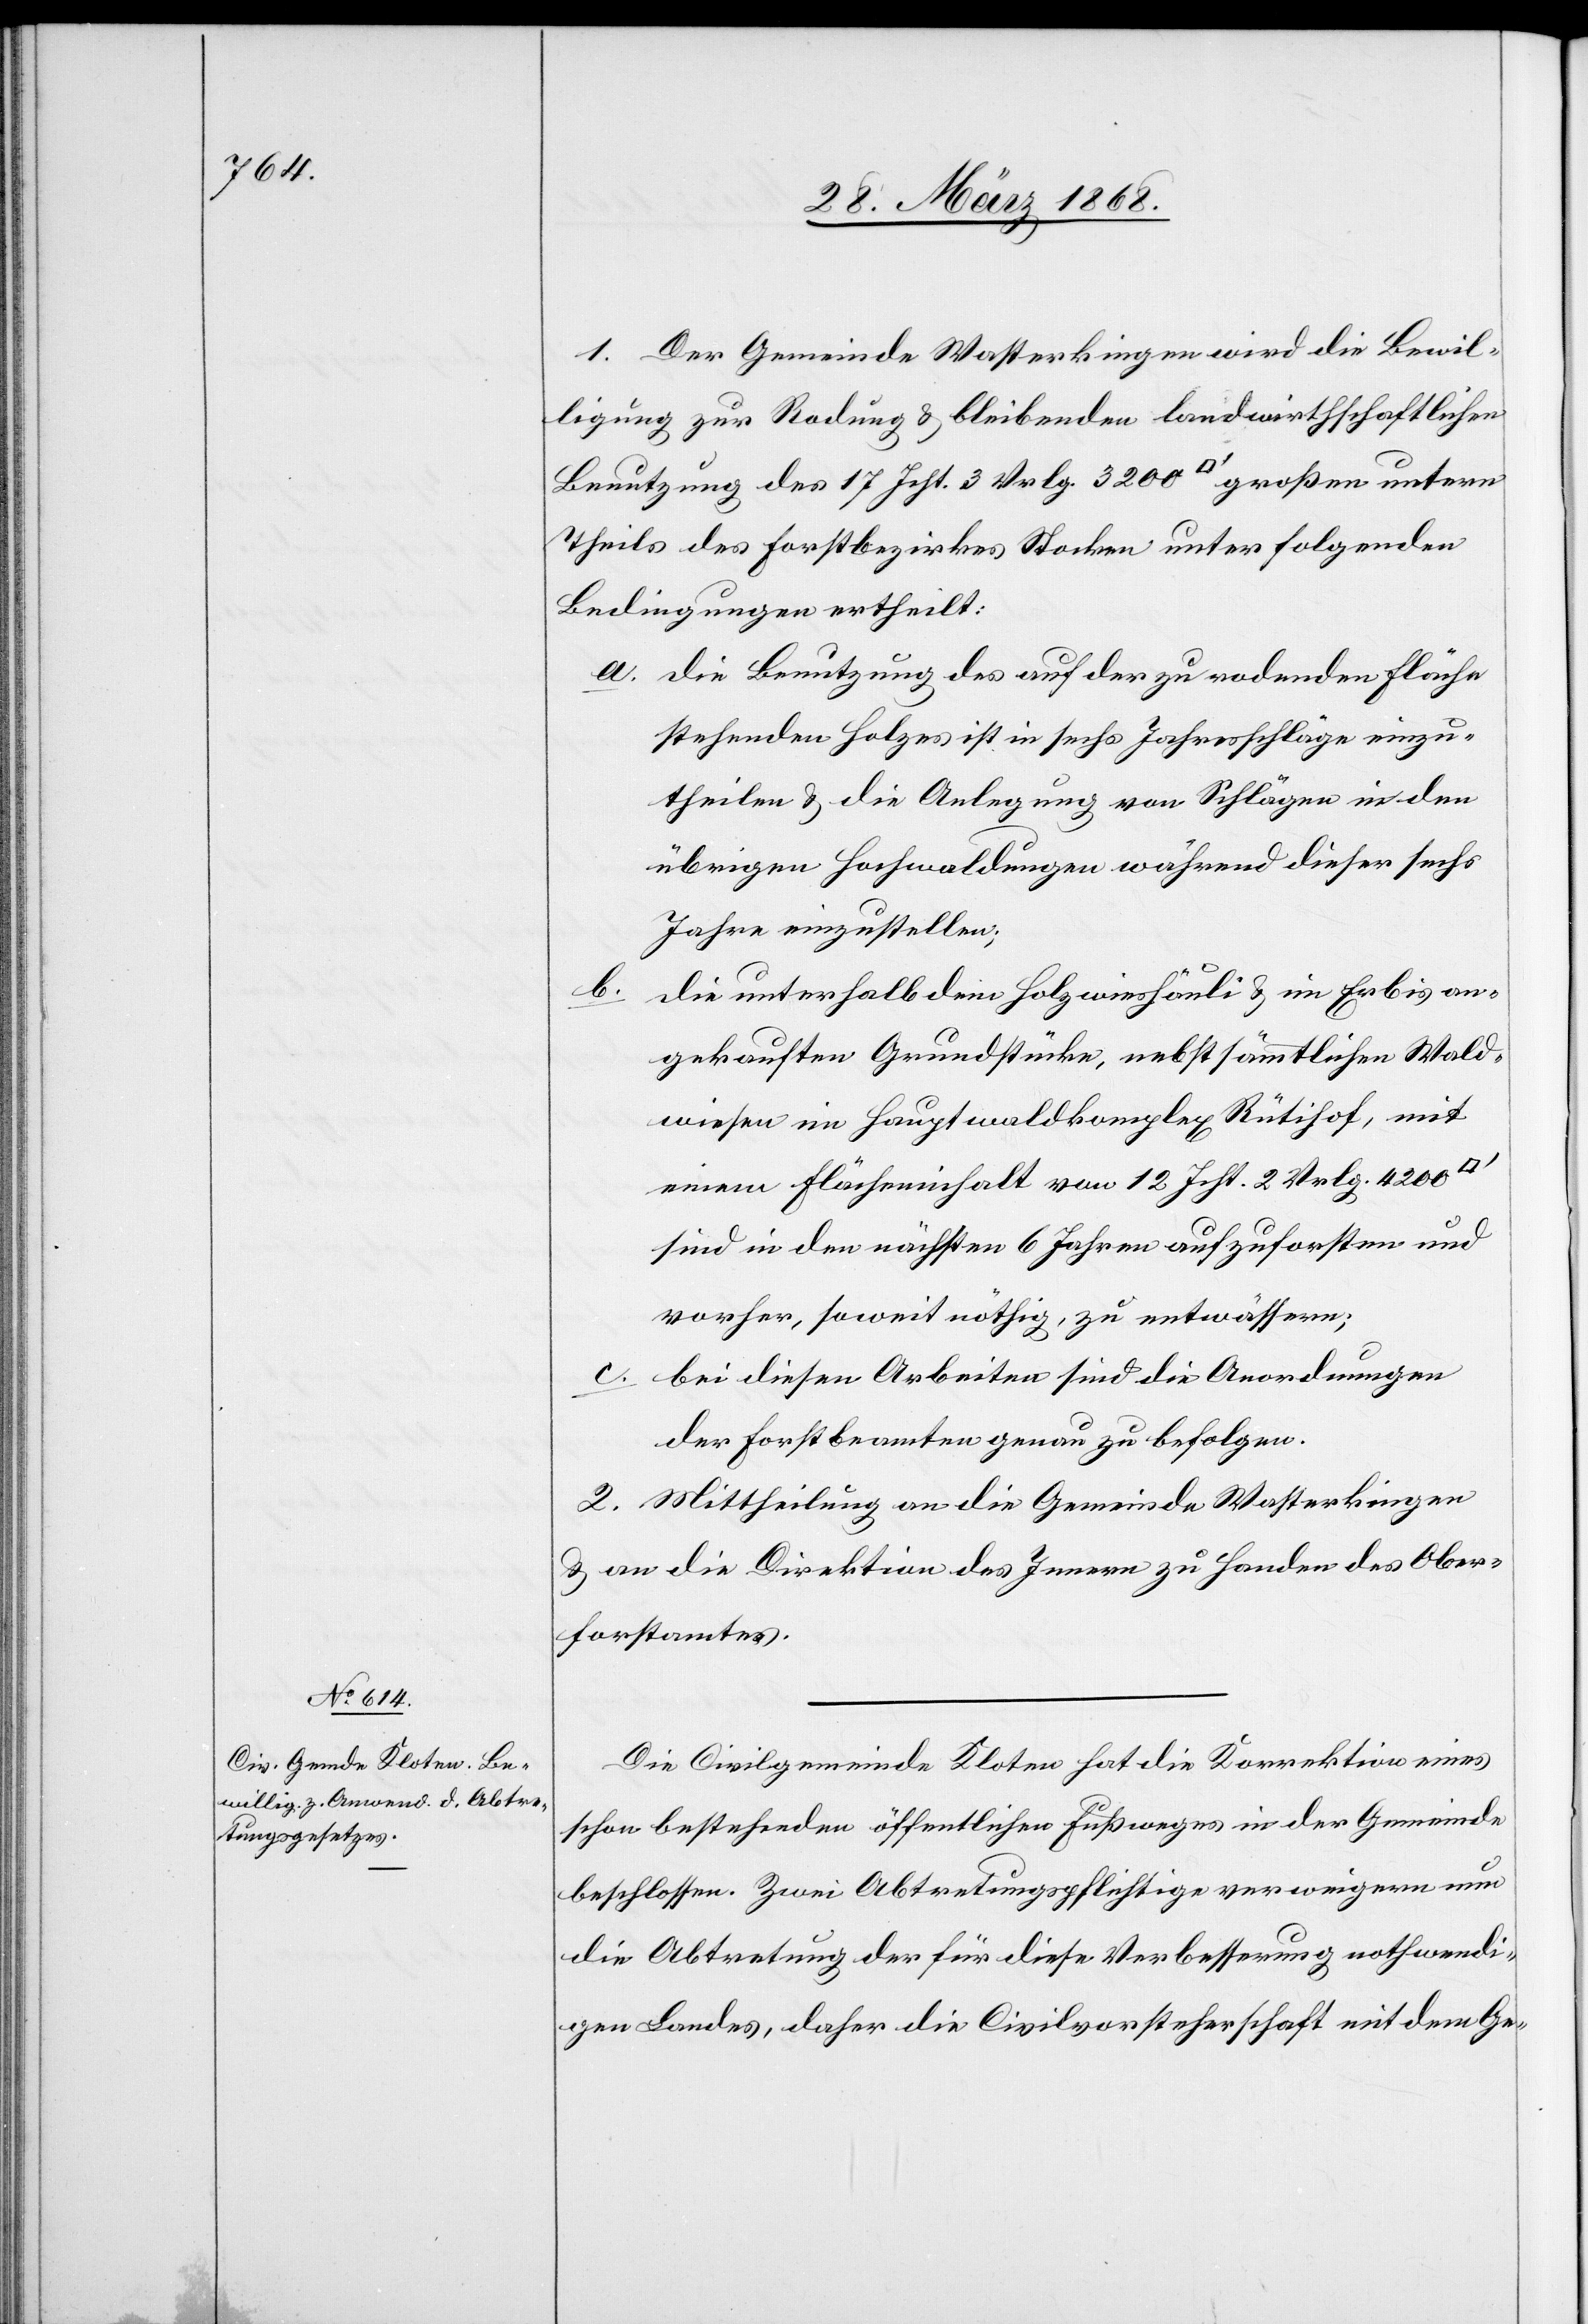
1. Der Gemeinde Wasterkingen wird die Bewil¬
ligung zur Rodung & bleibenden landwirthschaftlichen
Benutzung des 17 Jcht. 3 Vrlg. 3200 [Quadratfuß] großen untern
Theils des Forstbezirkes Stocken unter folgenden
Bedingungen ertheilt:
die Benutzung des auf der zu rodenden Fläche
stehenden Holzes ist in sechs Jahresschläge einzu¬
theilen & die Anlegung von Schlägen in den
übrigen Hochwaldungen während dieser sechs
Jahre einzustellen;
b.
die unterhalb dem Holzwieshäuli & im Erbis an¬
gekauften Grundstücke, nebst sämmtlichen Wald¬
wiesen im Hauptwaldkomplex Rütihof, mit
einem Flächeninhalt von 12 Jcht. 2 Vrlg. 4200
sind in den nächsten 6 Jahren aufzuforsten und
vorher, soweit nöthig, zu entwässern;
c.
bei diesen Arbeiten sind die Anordnungen
der Forstbeamten genau zu befolgen.
2. Mittheilung an die Gemeinde Wasterkingen
& an die Direktion des Innern zu Handen des Ober¬
forstamtes.
Die Civilgemeinde Kloten hat die Korrektion eines
schon bestehenden öffentlichen Fußweges in der Gemeinde
beschlossen. Zwei Abtretungspflichtige verweigern nun
die Abtretung der [sic!] für diese Verbesserung nothwendi¬
gen Landes, daher die Civilvorsteherschaft mit dem Ge-